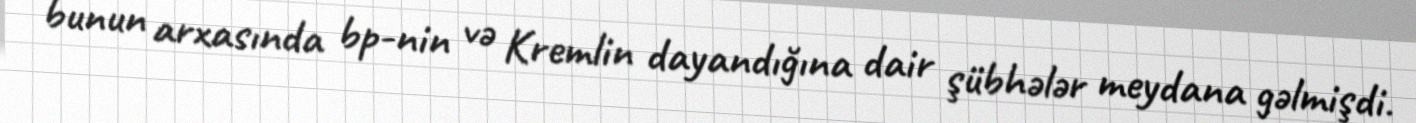
bunun arxasında bp-nin və Kremlin dayandığına dair şübhələr meydana gəlmişdi.